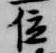
位